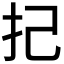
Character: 𢩵